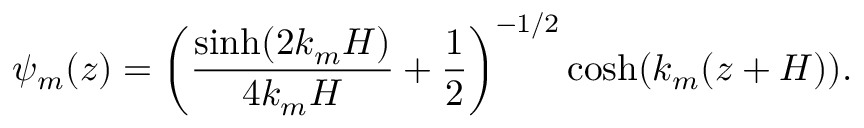
\psi _ { m } ( z ) = \left( \frac { \sinh ( 2 k _ { m } H ) } { 4 k _ { m } H } + \frac { 1 } { 2 } \right) ^ { - 1 / 2 } \cosh ( k _ { m } ( z + H ) ) .